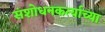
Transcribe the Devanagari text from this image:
संशोधनकर्त्याच्या